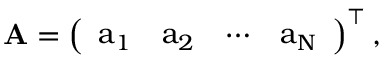
\mathrm { \bf A = \left( \begin{array} { l l l l } { a _ { 1 } } & { a _ { 2 } } & { \cdots } & { a _ { N } } \end{array} \right) ^ { \top } , }